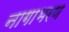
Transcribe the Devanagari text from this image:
नागाभरण